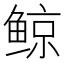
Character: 鲸